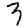
Digit: 3